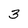
Character: 3